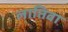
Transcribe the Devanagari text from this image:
लातिवा